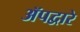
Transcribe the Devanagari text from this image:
ॲपद्वारे